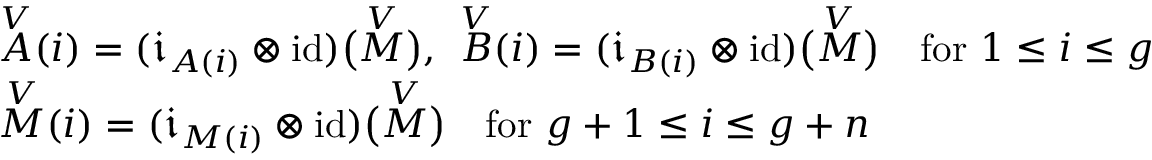
\begin{array} { l } { \overset { V } { A } ( i ) = ( \mathfrak { i } _ { A ( i ) } \otimes \mathrm { i d } ) \bigl ( \overset { V } { M } \bigr ) , \: \: \overset { V } { B } ( i ) = ( \mathfrak { i } _ { B ( i ) } \otimes \mathrm { i d } ) \bigl ( \overset { V } { M } \bigr ) \quad \mathrm { f o r ~ } 1 \leq i \leq g } \\ { \overset { V } { M } ( i ) = ( \mathfrak { i } _ { M ( i ) } \otimes \mathrm { i d } ) \bigl ( \overset { V } { M } \bigr ) \quad \mathrm { f o r ~ } g + 1 \leq i \leq g + n } \end{array}